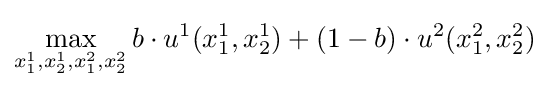
\max _{x_{1}^{1},x_{2}^{1},x_{1}^{2},x_{2}^{2}}b\cdot u^{1}(x_{1}^{1},x_{2}^{1})+(1-b)\cdot u^{2}(x_{1}^{2},x_{2}^{2})